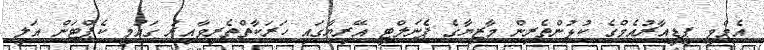
އެމްވީ ޕީޑީއާރުއެމްގެ ކުޅުންތެރިން މާޒިޔާގެ ޕެނަލްޓީ އޭރިޔާގައި ހަރަކާތްތެރިވާއިރު ގައުމީ ކެޕްޓަން އަލީ